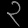
Digit: ၃